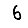
Digit: 6